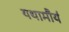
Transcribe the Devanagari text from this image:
यथामौर्य